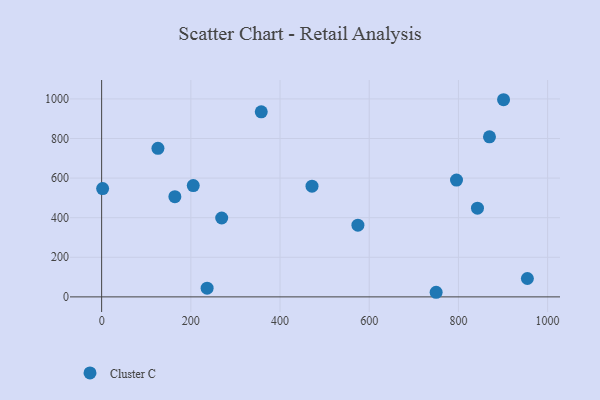
{"axis": {"x": "Study Hours", "y": "Demand"}, "legend": ["Cluster C"], "data": [{"x": "842.7", "y": 448.0, "type": "Cluster C"}, {"x": "901.2", "y": 995.9, "type": "Cluster C"}, {"x": "236.5", "y": 44.0, "type": "Cluster C"}, {"x": "164.2", "y": 506.4, "type": "Cluster C"}, {"x": "205.4", "y": 562.2, "type": "Cluster C"}, {"x": "2.2", "y": 547.0, "type": "Cluster C"}, {"x": "126.2", "y": 750.4, "type": "Cluster C"}, {"x": "750.0", "y": 23.3, "type": "Cluster C"}, {"x": "269.2", "y": 398.6, "type": "Cluster C"}, {"x": "954.6", "y": 93.0, "type": "Cluster C"}, {"x": "795.7", "y": 589.8, "type": "Cluster C"}, {"x": "471.7", "y": 559.2, "type": "Cluster C"}, {"x": "574.6", "y": 362.1, "type": "Cluster C"}, {"x": "357.9", "y": 935.0, "type": "Cluster C"}, {"x": "869.6", "y": 808.6, "type": "Cluster C"}]}